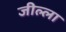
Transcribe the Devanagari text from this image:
जील्ला